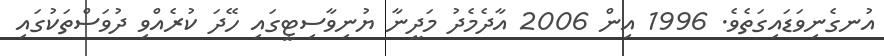
އުނގެނިވަޑައިގަތެވެ. 1996 އިން 2006 އާދެމެދު މަދީނާ ޔުނިވާސިޓީގައި ހޭދަ ކުރެއްވި ދުވަސްތަކުގައި